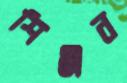
শিঞ্জন